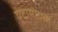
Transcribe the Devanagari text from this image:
एंटामोएबा